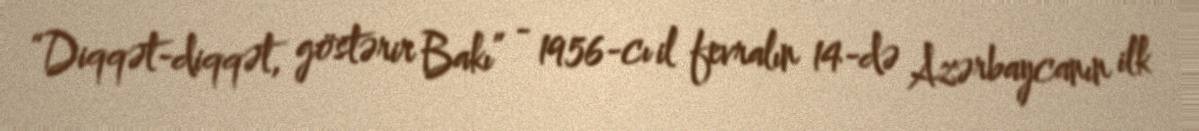
“Diqqət-diqqət, göstərir Bakı” - 1956-cı il fevralın 14-də Azərbaycanın ilk